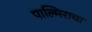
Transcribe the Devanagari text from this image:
पाल्मिराचा